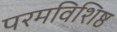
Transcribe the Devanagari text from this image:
परमविशिष्ठ